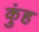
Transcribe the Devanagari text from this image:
कुंह